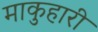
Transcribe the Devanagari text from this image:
माकुहारी